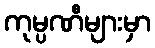
ကုမ္ပဏီများမှာ